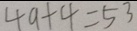
4 9 + 4 = 5 3